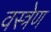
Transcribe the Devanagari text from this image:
वस्त्रेण